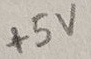
Text: +5V